Civil Veterinary Department. United Provinces 1932-42 - 1932-1942
Year: 1932
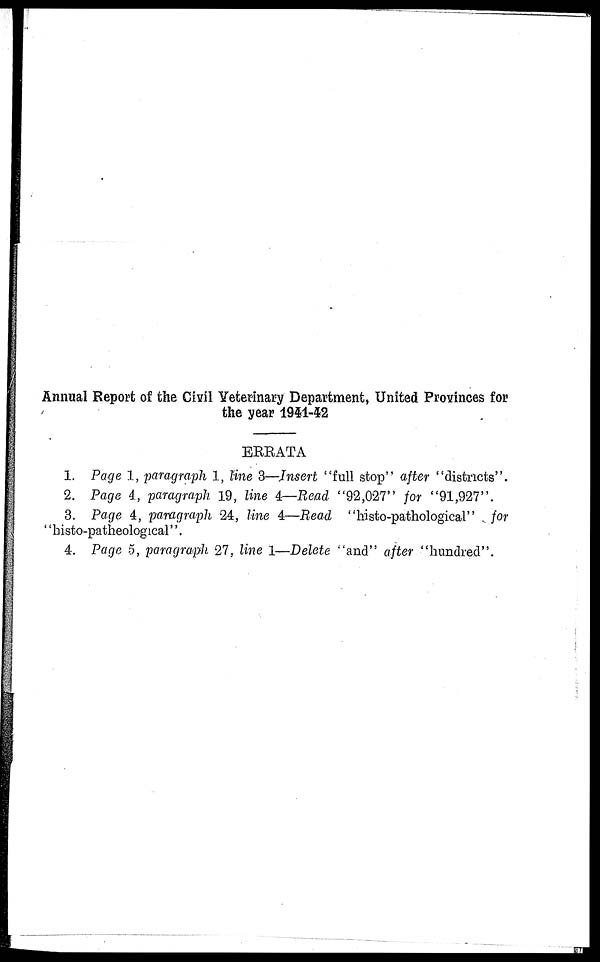
Annual Report of the Civil Veterinary Department, United Provinces for
the year 1941-42
ERRATA
1. Page 1, paragraph 1, line 3—Insert "full stop" after "districts".
2. Page 4, paragraph 19, line 4—Read "92,027" for "91,927".
3. Page 4, paragraph 24, line 4—Read "histo-pathological" for
' 'histo-patheological".
4. Page 5, paragraph 27, line 1—Delete "and" after "hundred".